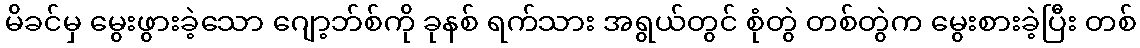
မိခင်မှ မွေးဖွားခဲ့သော ဂျော့ဘ်စ်ကို ခုနစ် ရက်သား အရွယ်တွင် စုံတွဲ တစ်တွဲက မွေးစားခဲ့ပြီး တစ်